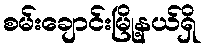
စမ်းချောင်းမြို့နယ်ရှိ